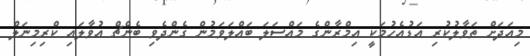
މިއަދަށް ތަވާލުކުރި އަޑުއެހުމަކީ އިމްރާންގެ މައްސަލަ ބައްލަވަމުން ގެންދެވި ބެންޗް އުވާލައި ކްރިމިނަލް